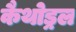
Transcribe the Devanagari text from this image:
कैथोड्रल